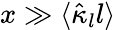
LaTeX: x\gg\langle\hat{\kappa}_{l}l\rangle